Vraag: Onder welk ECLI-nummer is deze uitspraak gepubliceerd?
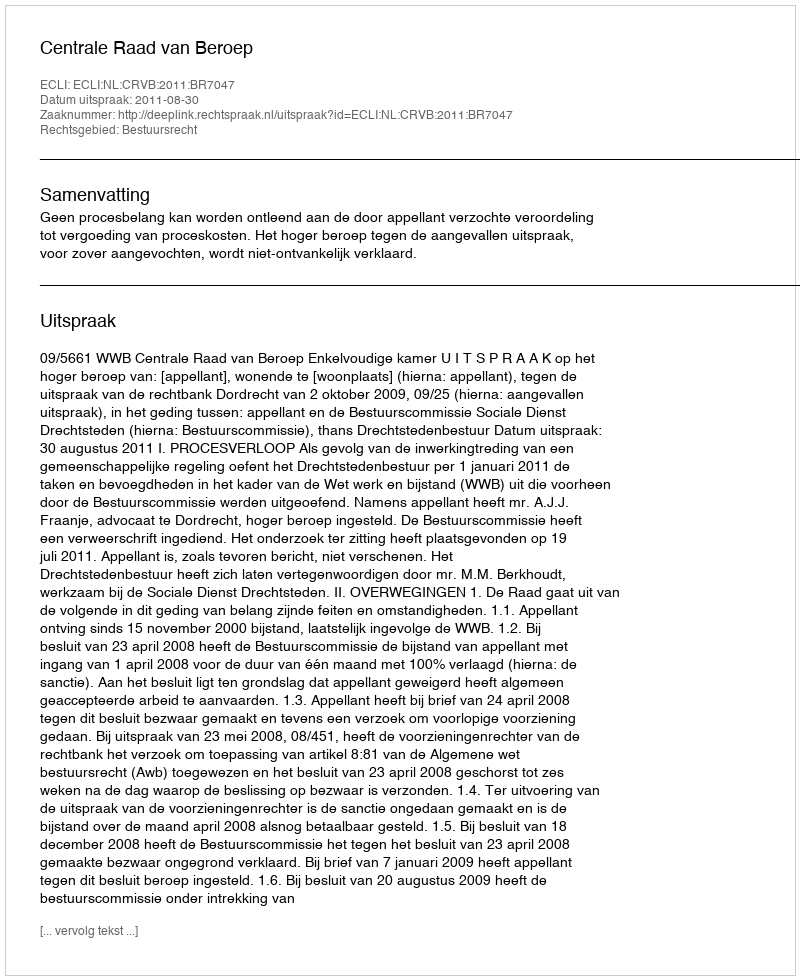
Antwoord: ECLI:NL:CRVB:2011:BR7047